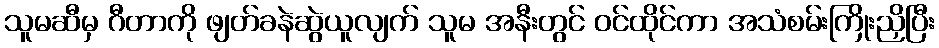
သူမဆီမှ ဂီတာကို ဖျတ်ခနဲဆွဲယူလျက် သူမ အနီးတွင် ဝင်ထိုင်ကာ အသံစမ်းကြိုးညှိပြီး